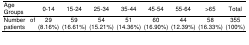
| Age Groups | 0-14 | 15-24 | 25-34 | 35-44 | 45-54 | 55-64 | >65 | Total |
 | --- | --- | --- | --- | --- | --- | --- | --- | --- |
 | Number of patients | 29 (8.16%) | 59 (16.61%) | 54 (15.21%) | 51 (14.36%) | 60 (16.90%) | 44 (12.39%) | 58 (16.33%) | 355 (100%) |